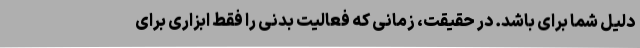
دلیل شما برای باشد. در حقیقت، زمانی که فعالیت بدنی را فقط ابزاری برای